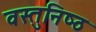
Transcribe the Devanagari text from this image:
वस्‍तुनिष्‍ठ